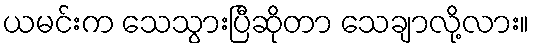
ယမင်းက သေသွားပြီဆိုတာ သေချာလို့လား။